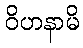
ဝိဟနာမိ